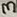
Text: 3